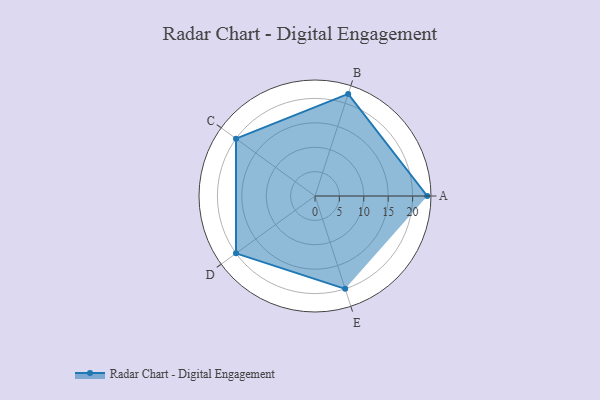
{"axis": {"x": "Skill", "y": "Score"}, "legend": ["Profile"], "data": [{"x": "A", "y": 23.0, "type": "Profile"}, {"x": "B", "y": 22.0, "type": "Profile"}, {"x": "C", "y": 20, "type": "Profile"}, {"x": "D", "y": 20, "type": "Profile"}, {"x": "E", "y": 20, "type": "Profile"}]}